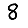
Digit: 8